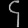
Digit: ၄